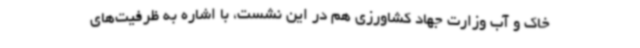
خاک و آب وزارت جهاد کشاورزی هم در این نشست، با اشاره به ظرفیت‌های